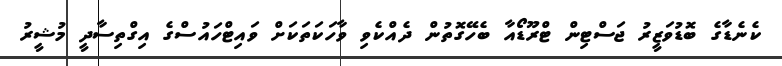
ކެނެޑާގެ ބޮޑުވަޒީރު ޖަސްޓިން ޓްރޫޑޯއާ ބެހޭގޮތުން ދެއްކެވި ވާހަކަތަކަށް ވައިޓްހައުސްގެ އިގްތިސާދީ މުޝީރު